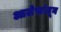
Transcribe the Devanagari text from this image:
आलेखांतून